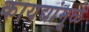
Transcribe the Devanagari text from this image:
कायद्यांमुळे